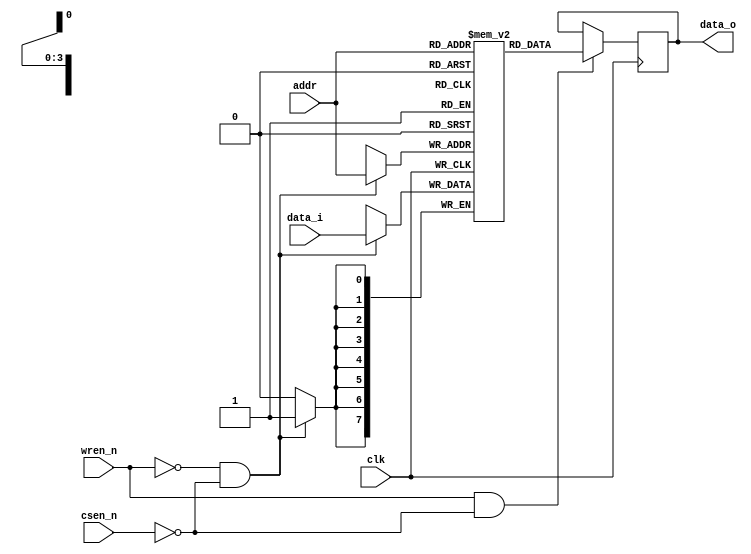
module sram(/*autoarg*/
   // Outputs
   data_o,
   // Inputs
   clk, addr, csen_n, wren_n, data_i
   );

    parameter           ADDR_WIDTH  =   4;
    parameter           DATA_WIDTH  =   8;

    input               clk;
    input       [ADDR_WIDTH-1:0]   addr;
    input               csen_n;
    input               wren_n;
    input       [DATA_WIDTH-1:0]    data_i;
    output     reg [DATA_WIDTH-1:0]    data_o;


reg     [DATA_WIDTH-1:0]   register[2**ADDR_WIDTH-1:0];

always @(posedge clk)begin
    if(!wren_n && !csen_n)
        register[addr] <= data_i;
end

always @(posedge clk)begin
    if(wren_n && !csen_n)
        data_o <= register[addr];
end

endmodule